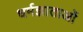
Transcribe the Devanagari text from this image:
धर्मज्ञाताओं